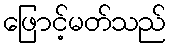
ဖြောင့်မတ်သည်